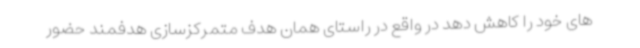
های خود را کاهش دهد در واقع در راستای همان هدف متمرکزسازی هدفمند حضور